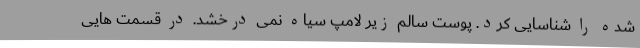
شده را شناسایی کرد. پوست سالم زیر لامپ سیاه نمی درخشد. در قسمت هایی